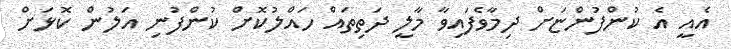
އެއީ އެ ކުންފުންޏަށް ދިމާވެފައިވާ މާލީ ދަތިތައް ހައްލުކޮށް ކުންފުނި އަލުން ކޮޅަށް